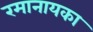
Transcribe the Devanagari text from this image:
रमानायका